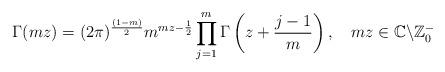
LaTeX: \begin{align*} \Gamma(mz)=(2\pi)^{\frac{(1-m)}{2}}m^{mz-\frac{1}{2}}\prod_{j=1}^{m}\Gamma\left(z+\frac{j-1}{m}\right)\newline,~~~mz\in\mathbb{C}\backslash \mathbb{Z}_{0}^{-}\end{align*}